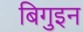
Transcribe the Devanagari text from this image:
बिगुइन